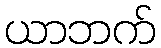
ယာဘက်